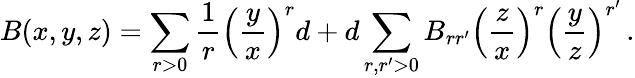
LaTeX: B(x,y,z)=\sum_{r>0}{\frac{1}{r}}\left({\frac{y}{x}}\right)^{r}d+d\sum_{r,r^{\prime}>0}B_{rr^{\prime}}\left({\frac{z}{x}}\right)^{r}\left({\frac{y}{z}}\right)^{r^{\prime}}\, .